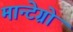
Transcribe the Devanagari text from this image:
मान्टेग्रो